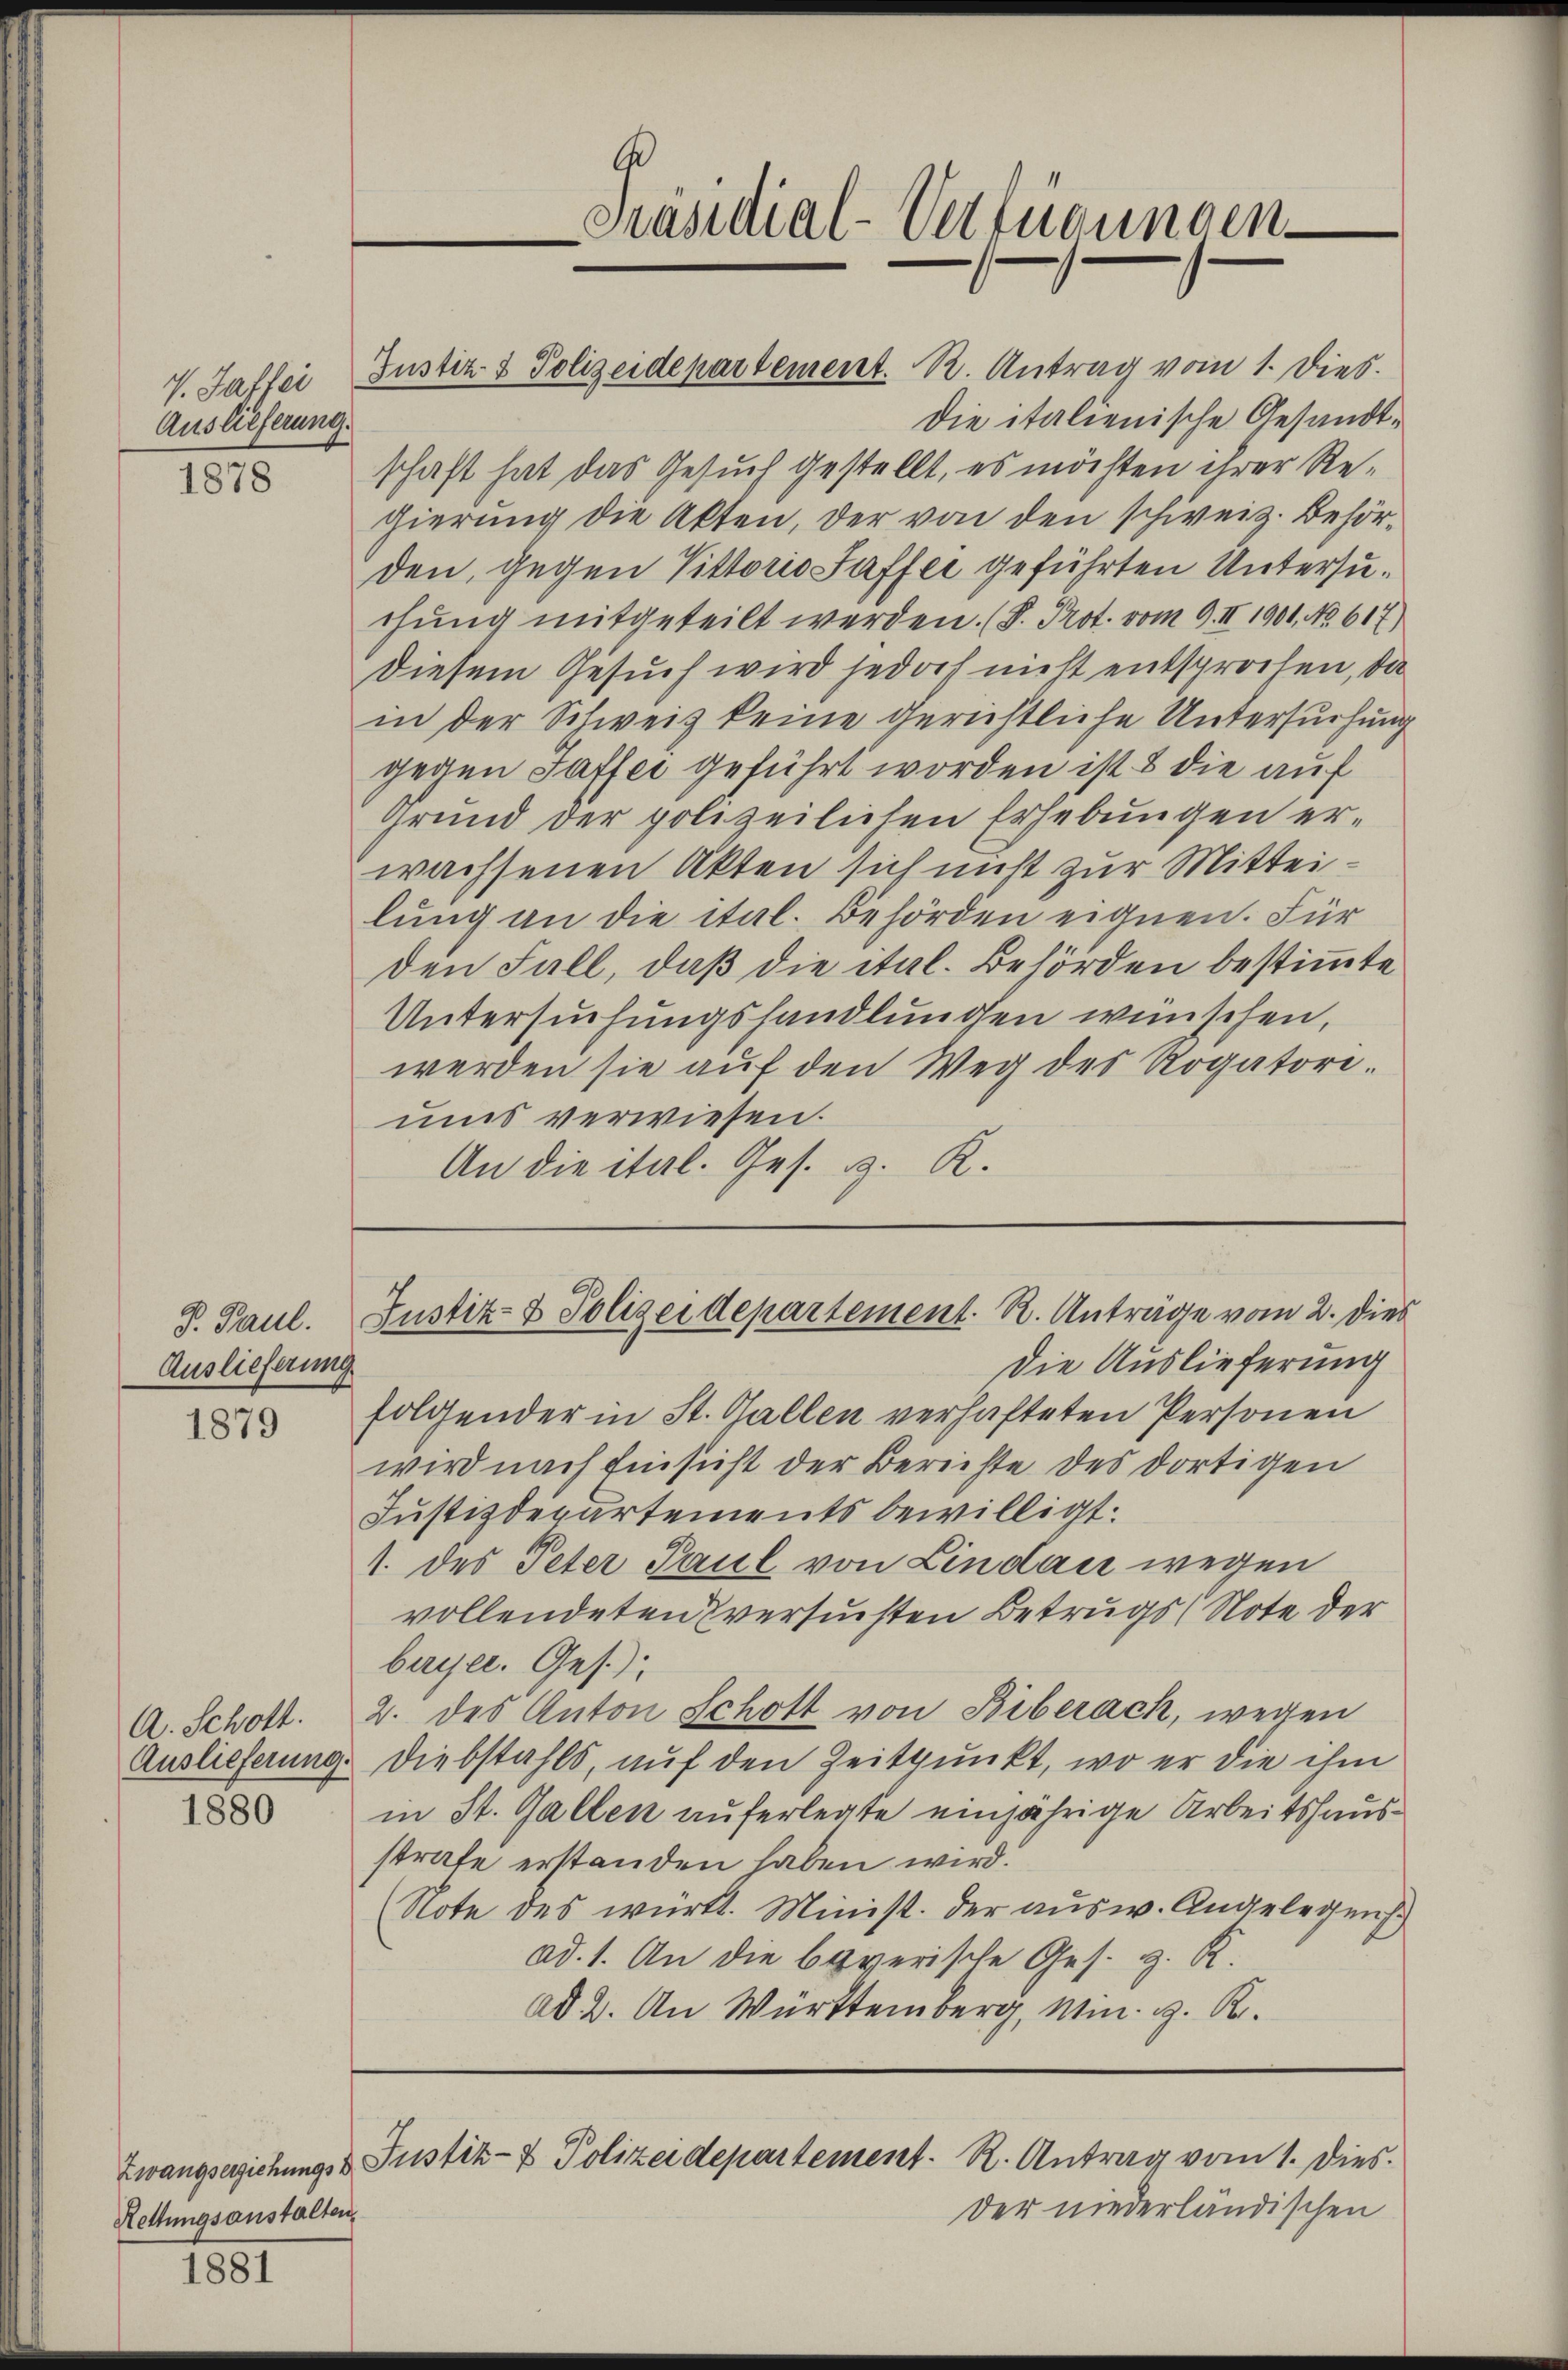
Auslieferung.

1878

P. Paul.
Auslieferung

1879

A. Schott.
Auslieferung.
1880

1881

die italienische Gesandtschaft hat das Gesuch gestellt, es möchten ihrer Regierung die Akten, der von den schweiz. Behörden, gegen Vittorio Saffee geführten Untersuchŭng mitgeteilt werden. (S. Prot. vom 9. II 1901. No. 617)
Diesem Gesuch wird jedoch nicht entsprochen, da
in der Schweiz keine gerichtliche Untersuchung
gegen Saffer geführt worden ist & die auf
Grund der polizeilichen Erhebungen erwachsenen Akten sich nicht zur Mitteilung an die ital. Behörden eignen. Für
den Fall, daß die ital. Behörden bestimmte
Untersuchungshandlungen wünschen,
werden sie aŭf den Weg des Rogatore.
ums verwiesen.
An die ital. Ges. v. R.

Rettungsanstalten.

A
Präsidial-Verfügungen

V. Saffer Justiz- & Polizeidepartement. K. Antrag vom 1. Dies

Justiz- & Polizeidepartement. R. Anträge vom 2. Dies

Die Auslieferung
folgender in St. Gallen verhafteten Personen
wird nach Einsicht der Berichte des dortigen
Justizdepartements bewilligt.
1. des Peter Paul von Lindau wegen
vollendeten versuchten Betrugs (Note der
bayer. Ges.)
2. des Anton Schott von Biberach, wegen
Diebstahls, auf den Zeitpunkt, wo er die ihm
in St. Gallen auferlegte einjährige Arbeitshausstrafe erstanden haben wird.
Note des württ. Minist. Der ausw. Angelegens
ad. 1. An die beverische Ges. z. R.
ad 2. An Württemberg, Min. . .

Zwangserziehung & Justiz- & Polizeidepartement. R. Antrag vom 1. Dies

der niederländischen